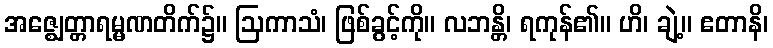
အဇ္ဈေတ္တာရမ္မဏတိက်၌။ ဩကာသံ၊ ဖြစ်ခွင့်ကို။ လဘန္တိ၊ ရကုန်၏။ ဟိ၊ ချဲ့။ ဧတာနိ၊